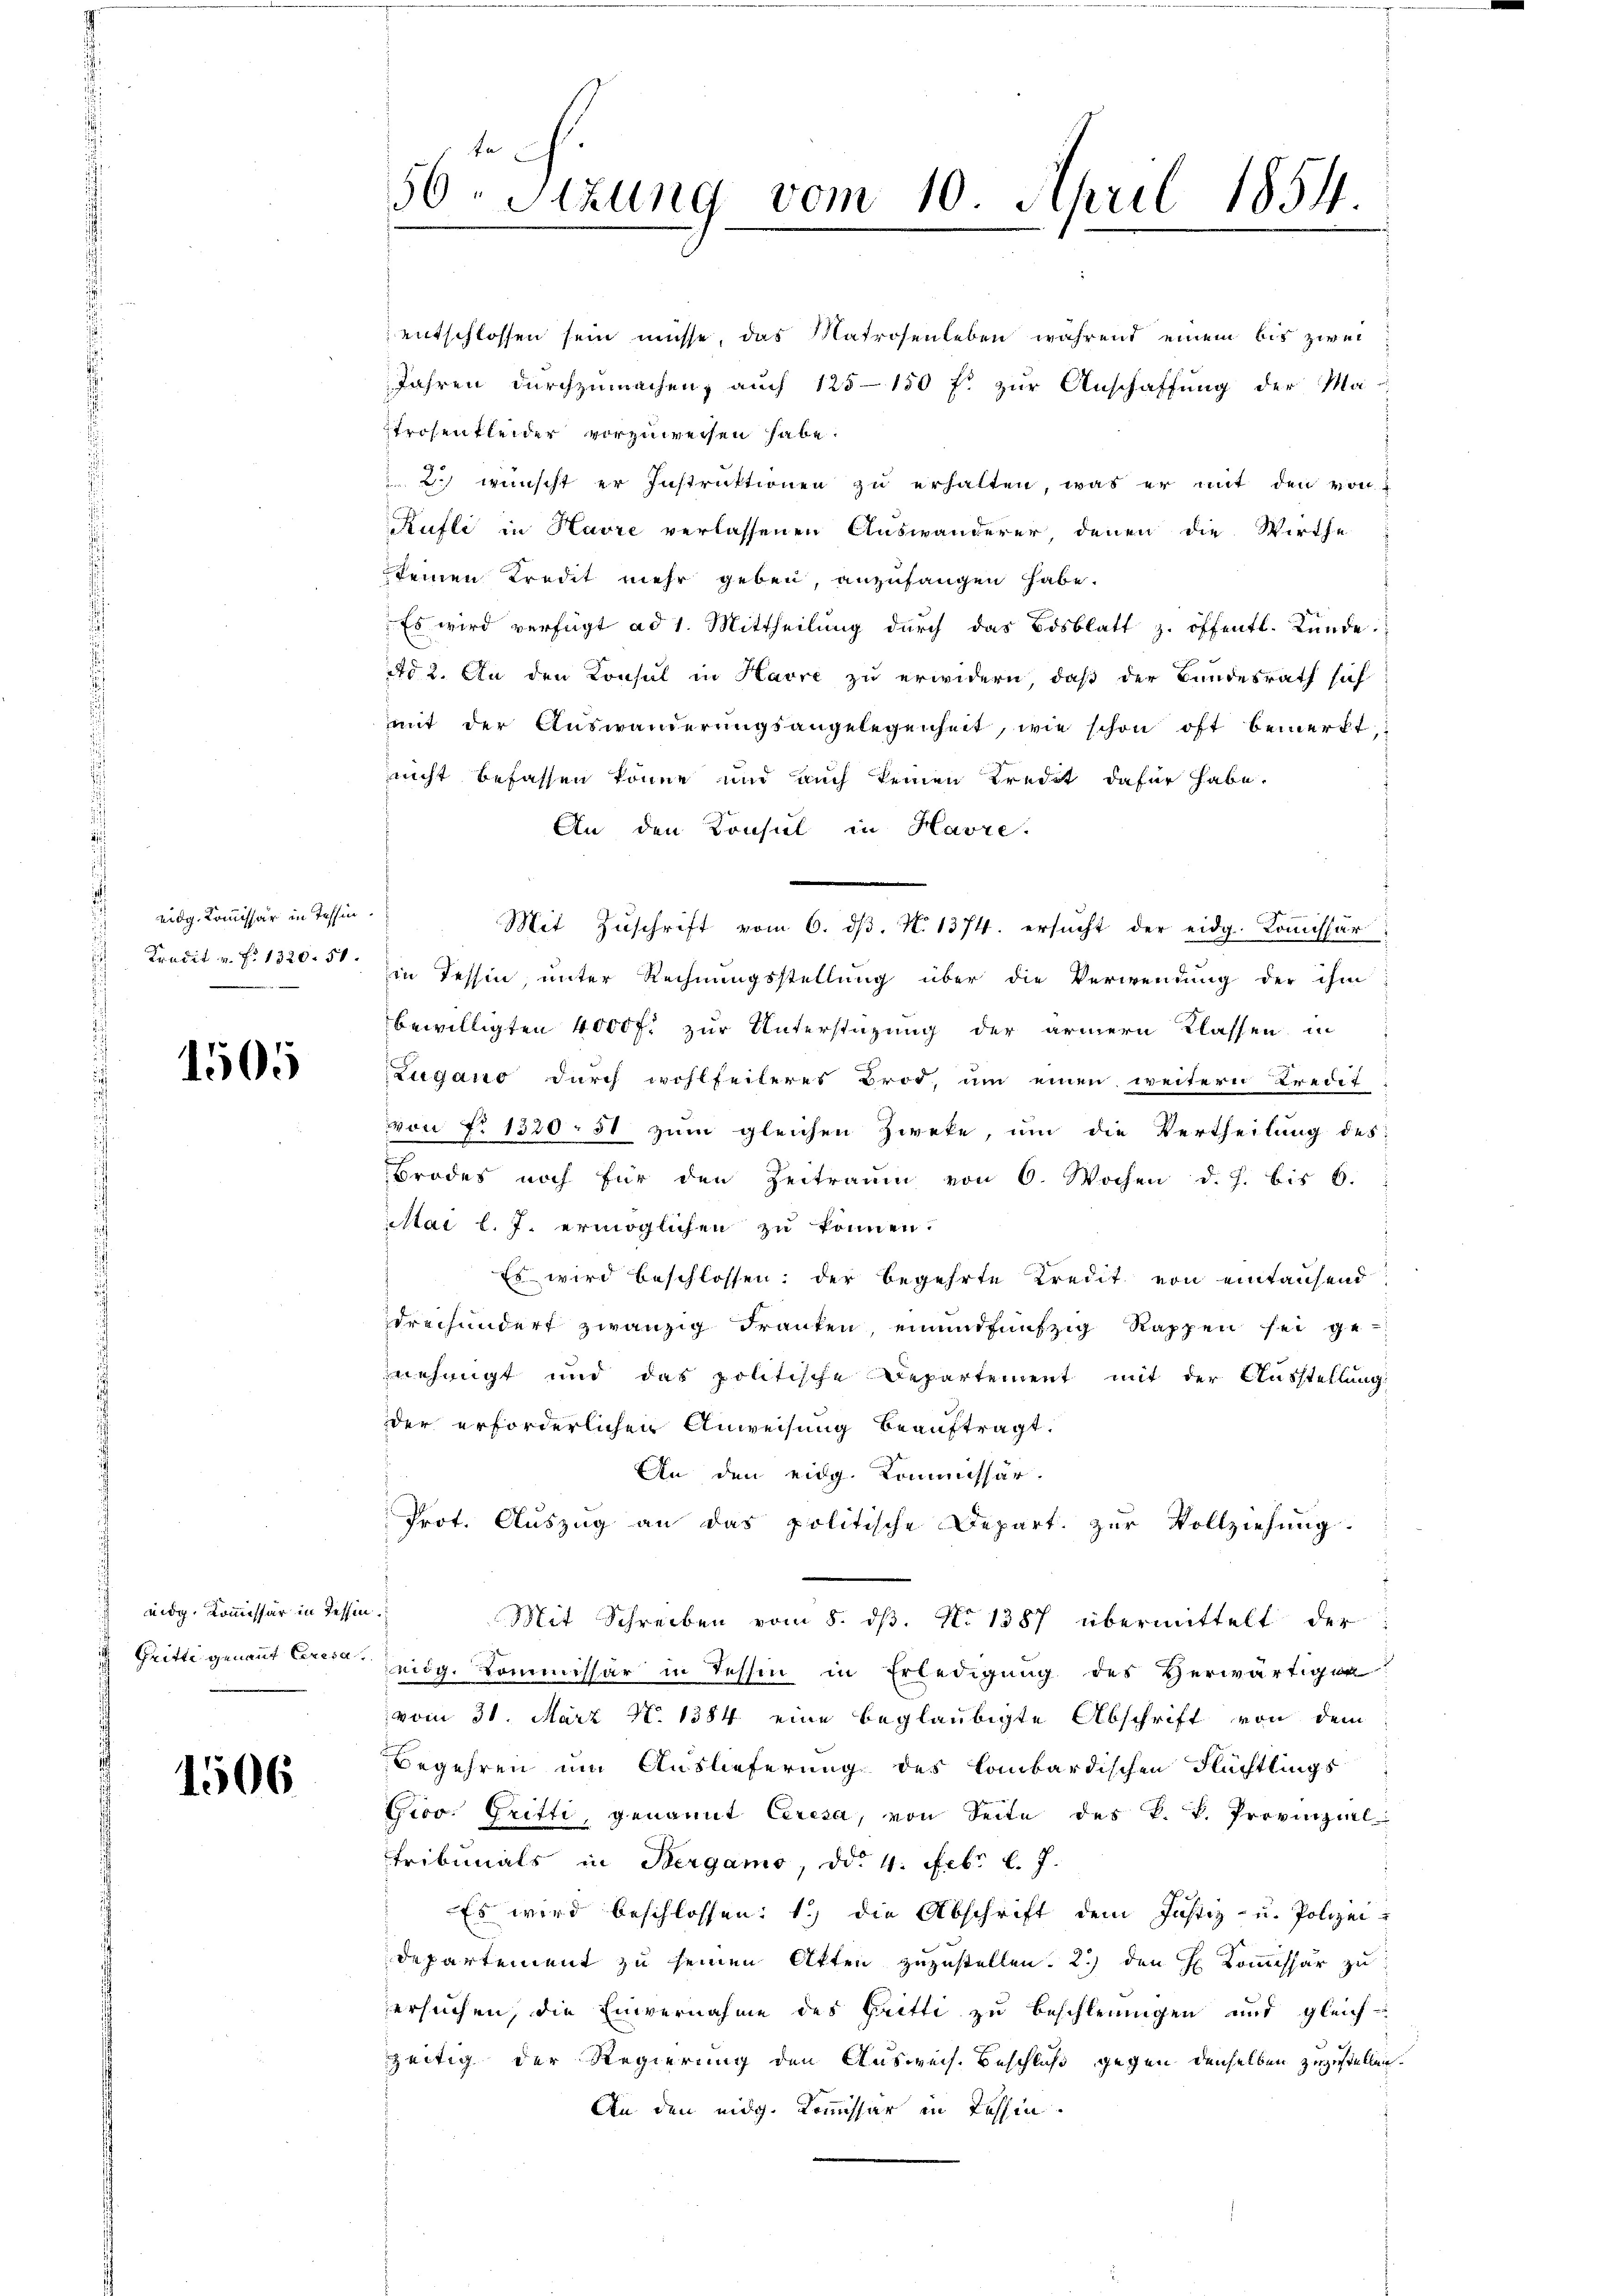
eidg. Kommissär in Tessin.
Tradit v. fr. 1320. 51.

1505

nidg. Kommissär in Tessin
Gritte genant Ceresa

1506

ta
56. Sitzung vom 10. April 1854.

entschlossen sein müsse, das Matrosenleben während einem bis zwei
Jahren durchzumachen, auch 125—150 f. zur Anschaffung der Matrosentleider vorzuweisen habe.
 2. wünscht er Instruktionen zŭ erhalten, was er mit den von
Kufli in Havre verlassenen Auswanderer denen die Wirthe
keinen Tredit mehr geben, anzufangen habe.
Es wird verfügt ad 1. Mittheilung durch das Bosblatt z. öffentl. Bünde.
Ad 2. An den Konsul in Havre zu erwidern, daß der Bundesrath sich
mit der Auswanderungsangelegenheit, wie schon oft bemerkt,
nicht befassen könne und auch keinen Kredit dafür habe.
An den Konsul in Havre,
in Tessin, unter Rechnungsstellung über die Verwendung der ihm
bewilligten 4000 fl zur Unterstüzung der ärmern Klassen in
Lugano durch wohlfeileres Brod, um einen weitern Kredit
von No 1320, 51 zum gleichen Zweke, um die Vertheilung des
Brodes noch für den Zeitraum von 6. Wochen d. J. bis 6.
iltai l. J. ermöglichen zu können.
Es wird beschlossen: der begehrte Kredit von eintausend
drechundert zwanzig Franken, einundfünfzig Rappen sei ge-
nehmigt und das politische Departement mit der Ausstellung
der erforderlichen Anweisung beauftragt.
An den eidg. Kommissar.
Prot. Auszug an das politische Depart. zur Vollziehung.
Mit Schreiben vom 8. dβ. No 1387 übermittelt der
ridg. Kommissär in Tessin in Erledigung des Verwärtigen
vom 31. März N. 1384. eine beglaubigte Abschrift von dem
Begehren um Auslieferung des Lombardischen Flüchtlings
Grov. Gritte, genannt Ceresa, von Seite des k. k. Provinziel
Tribunals in Bergamo, dd. 4. Febr. l. J.
Es wird beschlossen: 1.) die Abschrift dem Justiz- u. Polizei-
departement zu seinen Akten zuzustellen. 2.) den H. Kommissar zu
ersuchen, die Einvernahme des Gritte zu beschleunigen und gleich-
zeitig der Regierung den Ausweise Beschluß gegen denselben zugestellen.
An den eidg. Kommissär in Tessin.

Mit Zuschrift vom 6. ds. N. 1374. ersucht der eidg. Kommissär